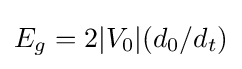
E_{g}=2|V_{0}|(d_{0}/d_{t})